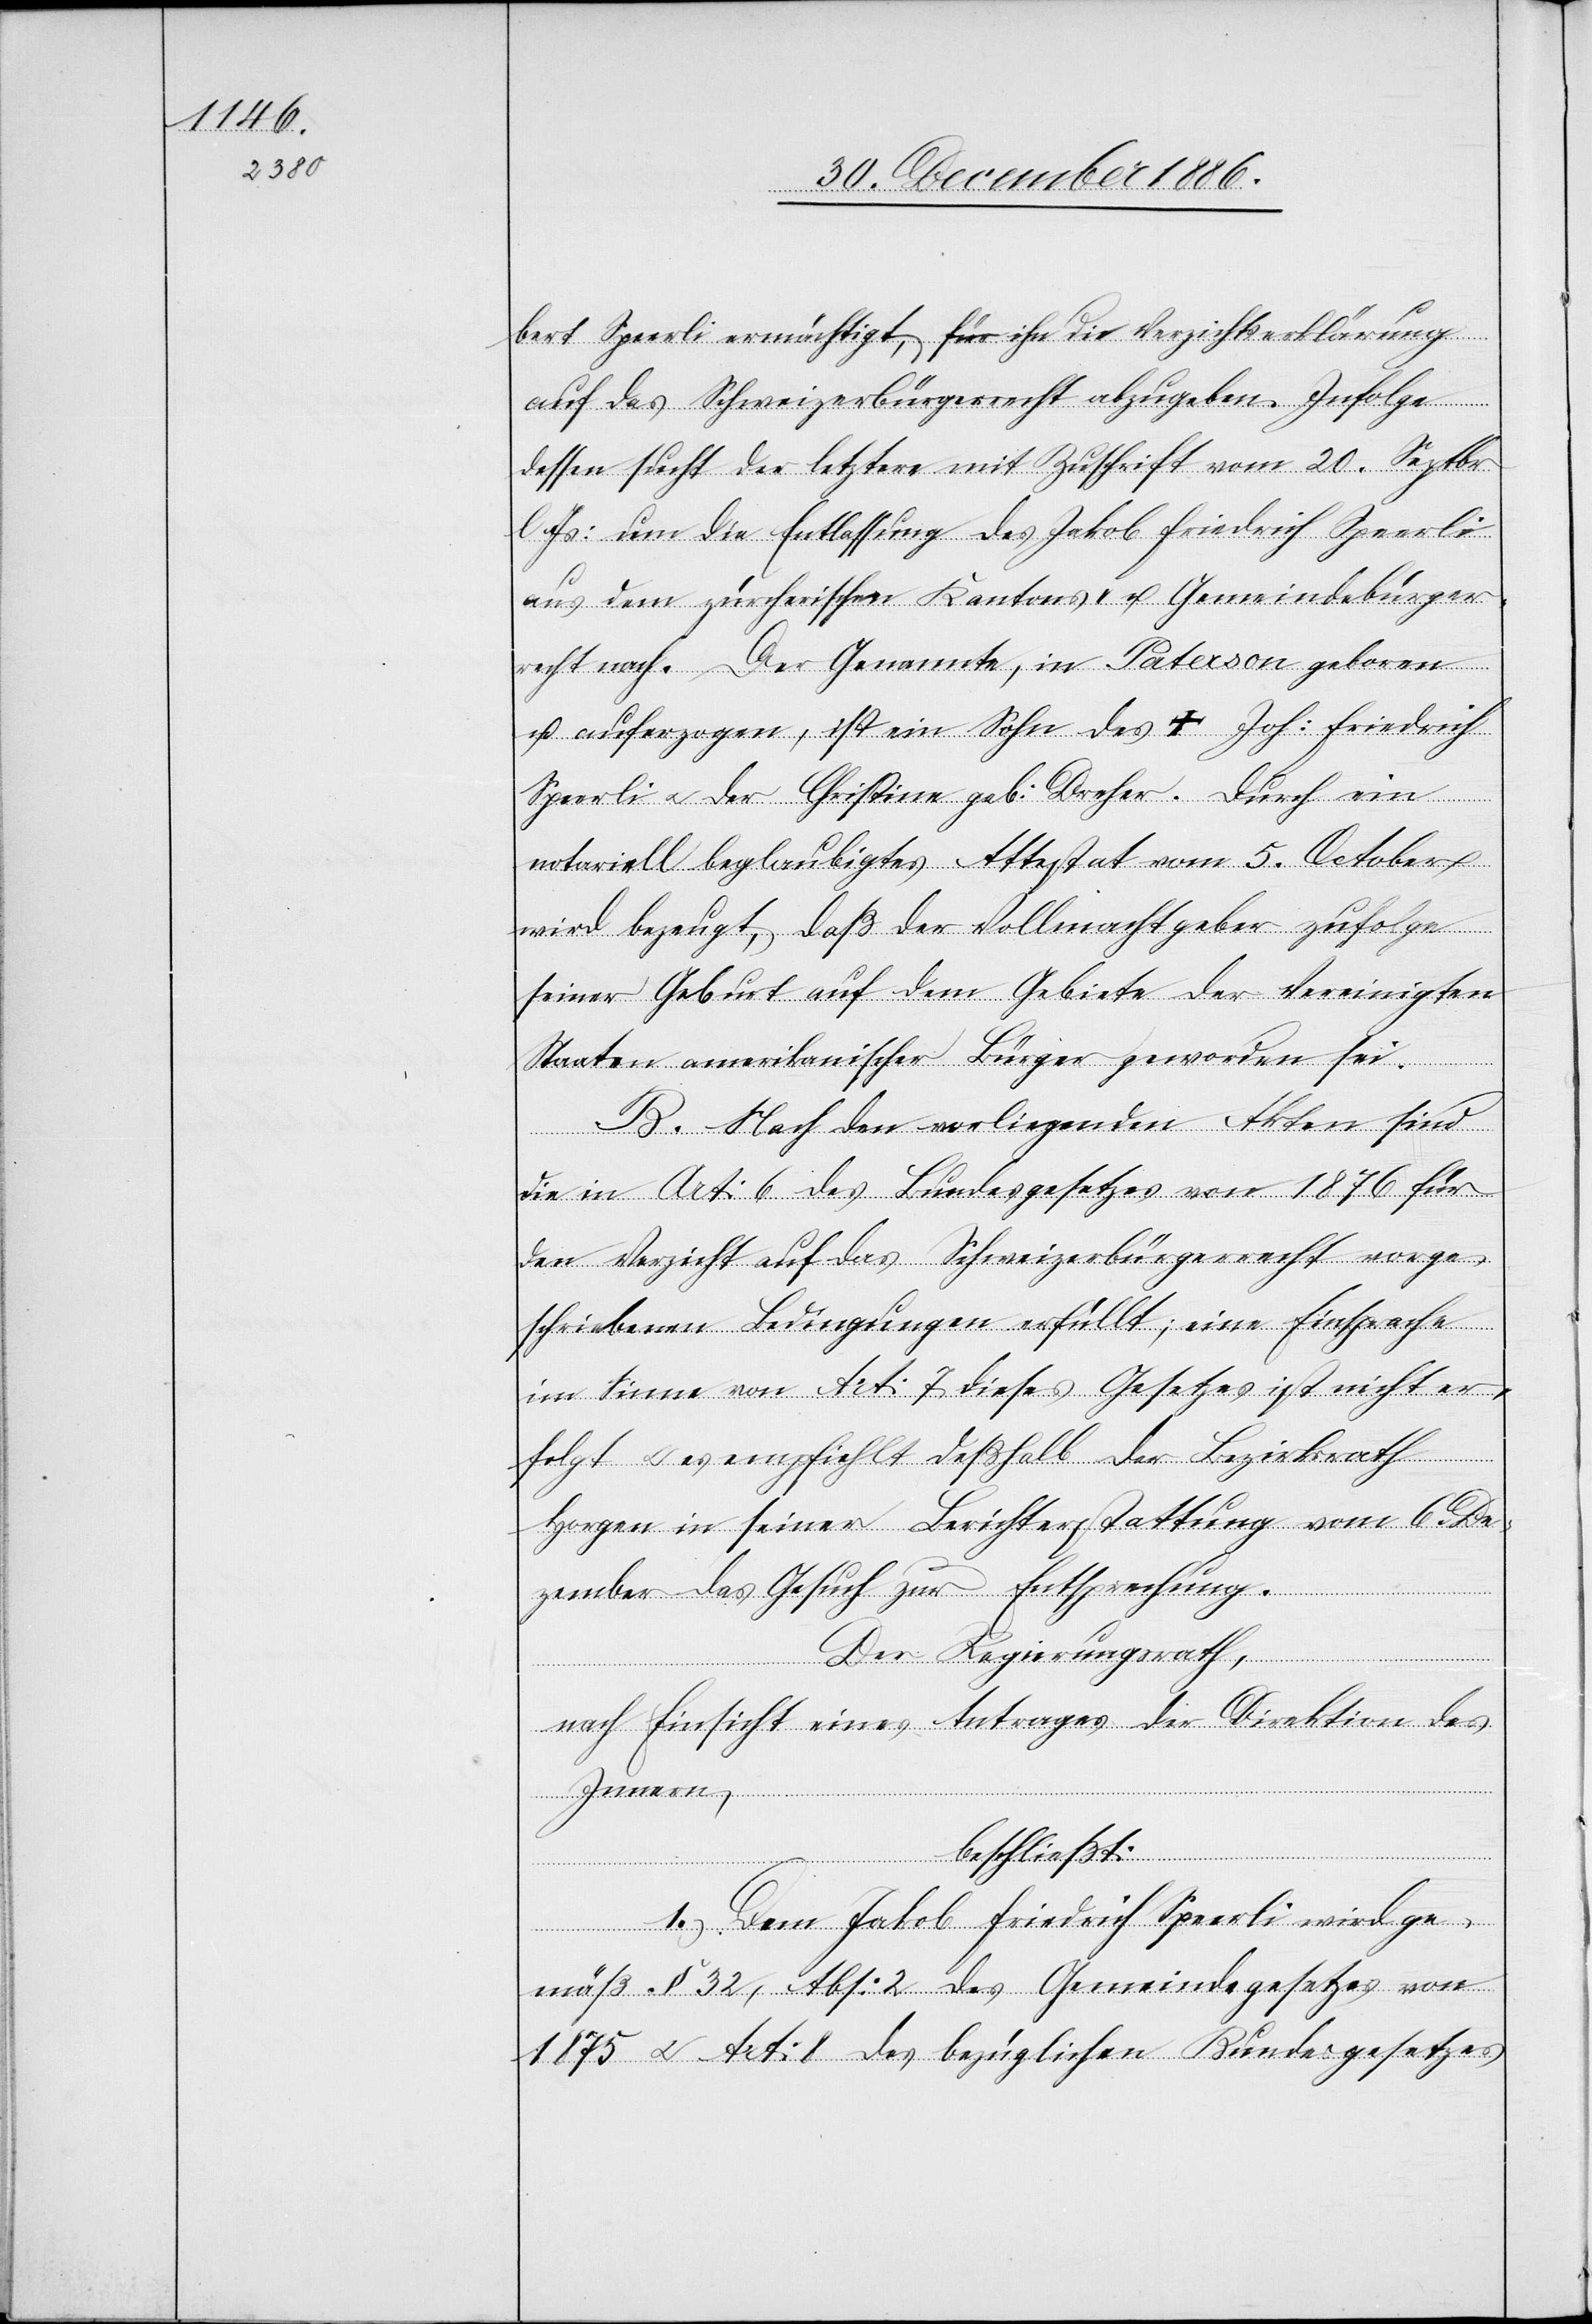
bert Speerli ermächtigt, für ihn die Verzichtserklärung
auf das Schweizerbürgerrecht abzugeben. Infolge
dessen sucht der letztere mit Zuschrift vom 20. Septbr.
Js: um die Entlassung des Jakob Friedrich Speerli
aus dem zürcherischen Kantons- u. Gemeindebürger¬
recht nach. Der Genannte, in Paterson geboren
u. auferzogen, ist ein Sohn des ✝ Joh: Friedrich
Speerli & der Christine geb: Dreher. Durch ein
notariell beglaubigtes Attestat vom 5. October
wird bezeugt, daß der Vollmachtgeber zufolge
seiner Geburt auf dem Gebiete der Vereinigten
Staaten amerikanischer Bürger geworden sei.
B. Nach den vorliegenden Akten sind
die in Art: 6 des Bundesgesetzes von 1876 für
den Verzicht auf das Schweizerbürgerrecht vorge¬
schriebenen Bedingungen erfüllt; eine Einsprache
im Sinne von Art: 7 dieses Gesetzes ist nicht er¬
folgt & es empfiehlt deßhalb der Bezirksrath
Horgen in seiner Berichterstattung vom 6. De¬
zember das Gesuch zur Entsprechung.
Der Regierungsrath,
nach Einsicht eines Antrages der Direktion des
Innern,
beschließt:
1.) Dem Jakob Friedrich Speerli wird ge¬
mäß § 32, Abs: 2 des Gemeindegesetzes von
1875 & Art: 8 des bezüglichen Bundesgesetzes